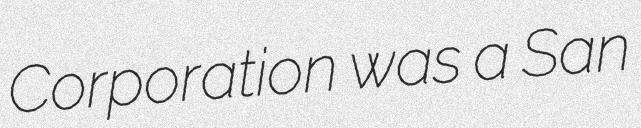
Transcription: Corporation was a San